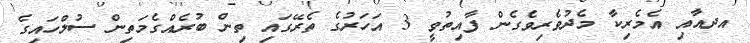
އދއާއި އެމެރިކާ މެދުވެރިވެގެން ފާއިތުވީ 3 އަހަރުގެ ތެރޭގައި ތިން ބުރެއްގެމަތިން ސުލްހައިގެ